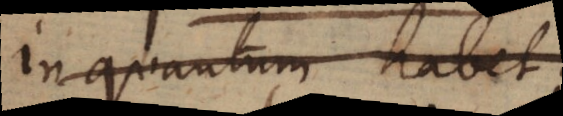
in quantum habet